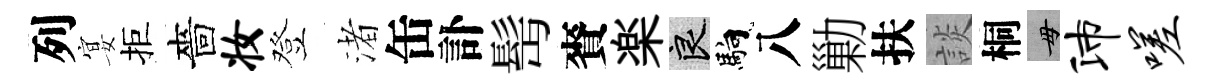
列宴拒嗇妆登渚缶訃髩賚楽良馿八勦扶談桐毋沛嗟